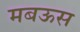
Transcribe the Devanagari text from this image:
मबऊस